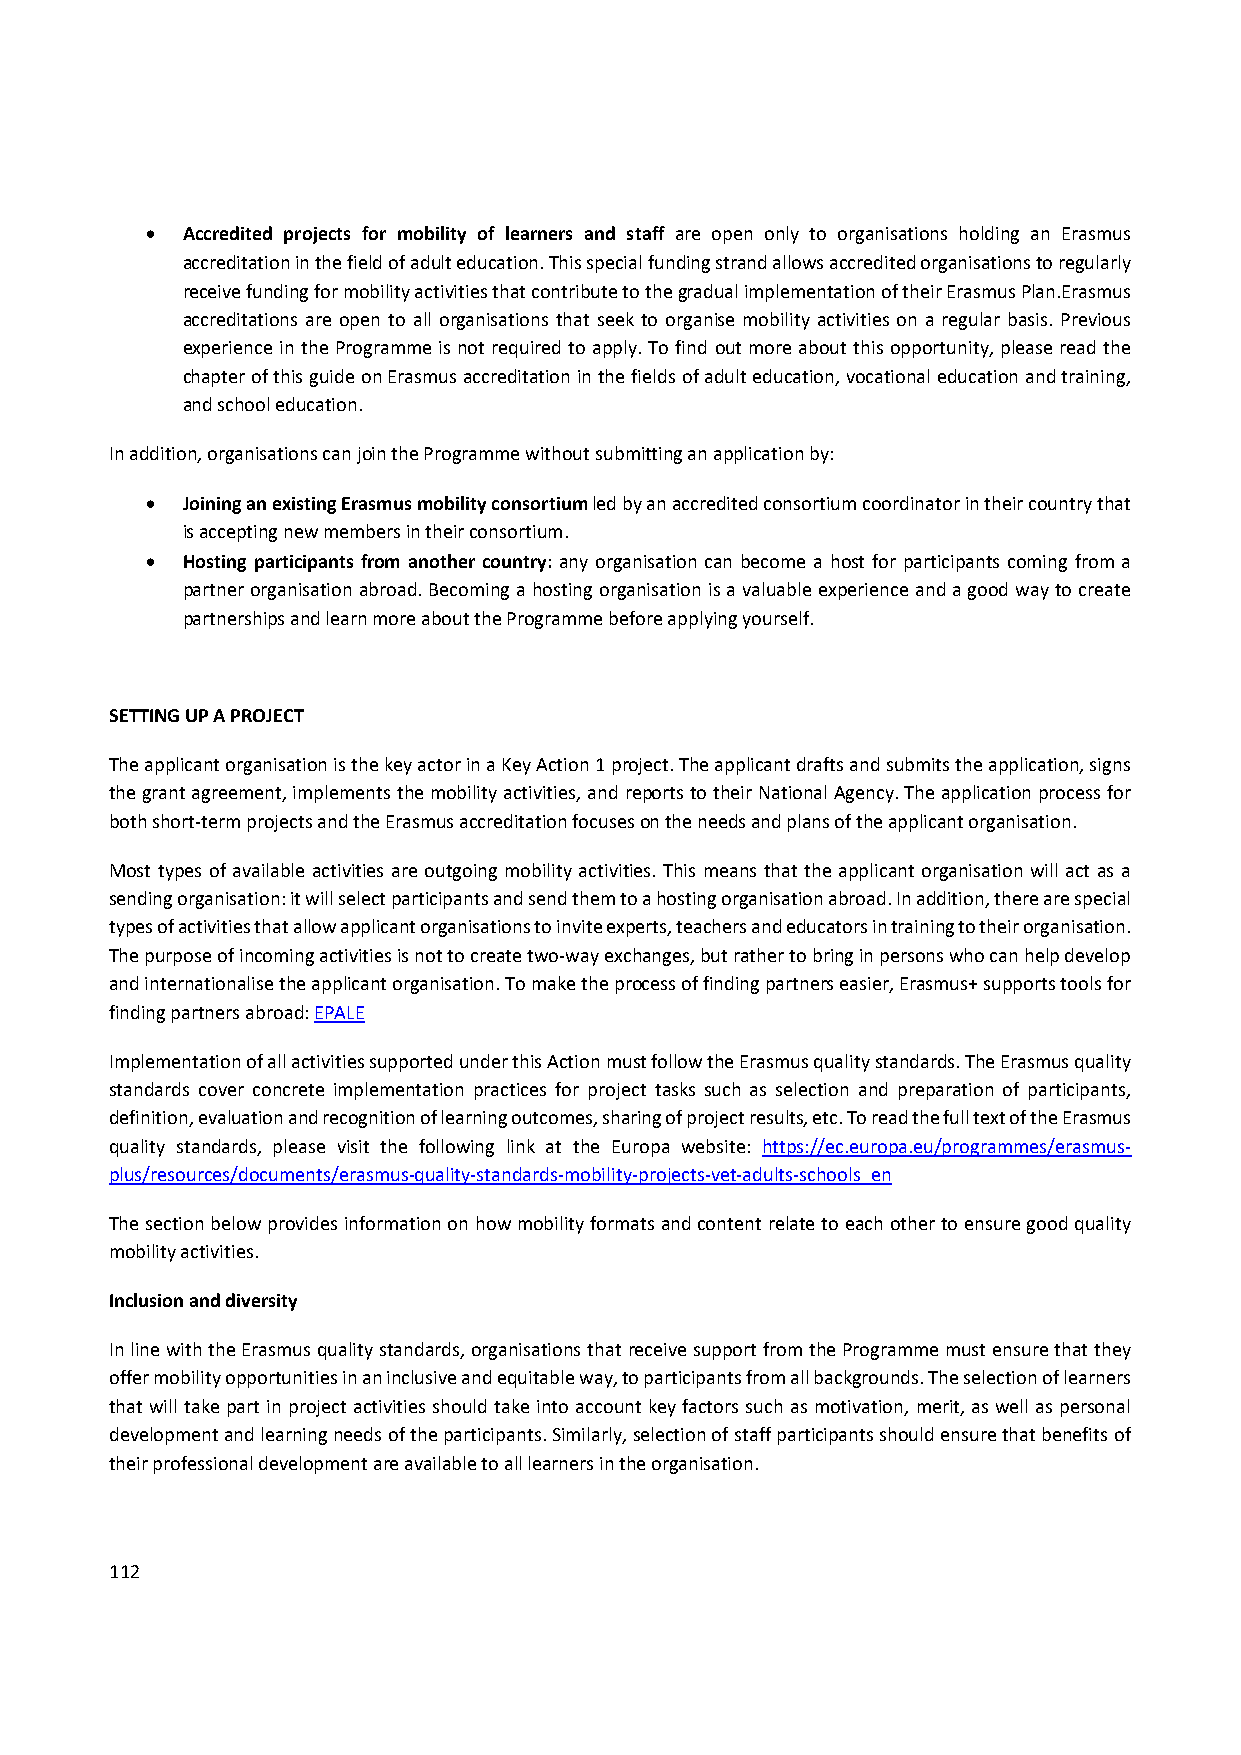
 Accredited projects for mobility of learners and staff are open only to organisations holding an Erasmus
 accreditation in the field of adult education. This special funding strand allows accredited organisations to regularly
 receive funding for mobility activities that contribute to the gradual implementation of their Erasmus Plan.Erasmus
 accreditations are open to all organisations that seek to organise mobility activities on a regular basis. Previous
 experience in the Programme is not required to apply. To find out more about this opportunity, please read the
 chapter of this guide on Erasmus accreditation in the fields of adult education, vocational education and training,
 and school education.
 In addition, organisations can join the Programme without submitting an application by:
  Joining an existing Erasmus mobility consortium led by an accredited consortium coordinator in their country that
 is accepting new members in their consortium.
  Hosting participants from another country: any organisation can become a host for participants coming from a
 partner organisation abroad. Becoming a hosting organisation is a valuable experience and a good way to create
 partnerships and learn more about the Programme before applying yourself.
 SETTING UP A PROJECT
 The applicant organisation is the key actor in a Key Action 1 project. The applicant drafts and submits the application, signs
 the grant agreement, implements the mobility activities, and reports to their National Agency. The application process for
 both short‐term projects and the Erasmus accreditation focuses on the needs and plans of the applicant organisation.
 Most types of available activities are outgoing mobility activities. This means that the applicant organisation will act as a
 sending organisation: it will select participants and send them to a hosting organisation abroad. In addition, there are special
 types of activities that allow applicant organisations to invite experts, teachers and educators in training to their organisation.
 The purpose of incoming activities is not to create two‐way exchanges, but rather to bring in persons who can help develop
 and internationalise the applicant organisation. To make the process of finding partners easier, Erasmus+ supports tools for
 finding partners abroad: EPALE
 Implementation of all activities supported under this Action must follow the Erasmus quality standards. The Erasmus quality
 standards cover concrete implementation practices for project tasks such as selection and preparation of participants,
 definition, evaluation and recognition of learning outcomes, sharing of project results, etc. To read the full text of the Erasmus
 quality standards, please visit the following link at the Europa website: https://ec.europa.eu/programmes/erasmus‐
 plus/resources/documents/erasmus‐quality‐standards‐mobility‐projects‐vet‐adults‐schools_en
 The section below provides information on how mobility formats and content relate to each other to ensure good quality
 mobility activities.
 Inclusion and diversity
 In line with the Erasmus quality standards, organisations that receive support from the Programme must ensure that they
 offer mobility opportunities in an inclusive and equitable way, to participants from all backgrounds. The selection of learners
 that will take part in project activities should take into account key factors such as motivation, merit, as well as personal
 development and learning needs of the participants. Similarly, selection of staff participants should ensure that benefits of
 their professional development are available to all learners in the organisation.
 112